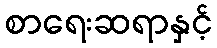
စာရေးဆရာနှင့်